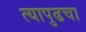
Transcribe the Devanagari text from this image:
त्यापुढचा